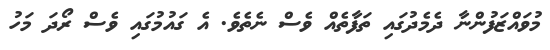
މުވައްޒަފުންނާ ދެމެދުގައި ތަފާތެއް ވެސް ނެތެވެ. އެ ގައުމުގައި ވެސް ރޯދަ މަހު